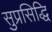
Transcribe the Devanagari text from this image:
सुप्रसिद्धि